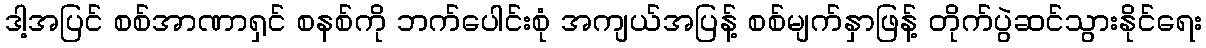
ဒါ့အပြင် စစ်အာဏာရှင် စနစ်ကို ဘက်ပေါင်းစုံ အကျယ်အပြန့် စစ်မျက်နှာဖြန့် တိုက်ပွဲဆင်သွားနိုင်ရေး